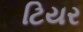
ટિયર